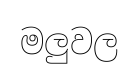
මලුවල